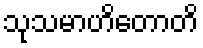
သုသမာဟိတောတိ